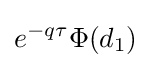
e^{-q\tau }\Phi (d_{1})